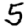
Digit: 5